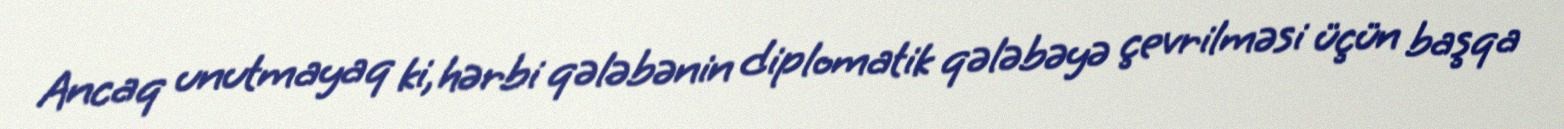
Ancaq unutmayaq ki, hərbi qələbənin diplomatik qələbəyə çevrilməsi üçün başqa